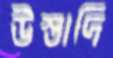
উস্তাদি